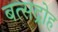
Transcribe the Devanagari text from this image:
बत्सद्रोह